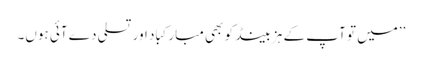
’’میں تو آپ کے ہزبینڈ کو بھی مبارکباد اور تسلی دے آئی ہوں۔